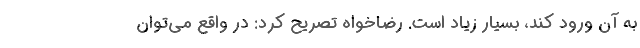
به آن ورود کند، بسیار زیاد است. رضاخواه تصریح کرد: در واقع می‌توان